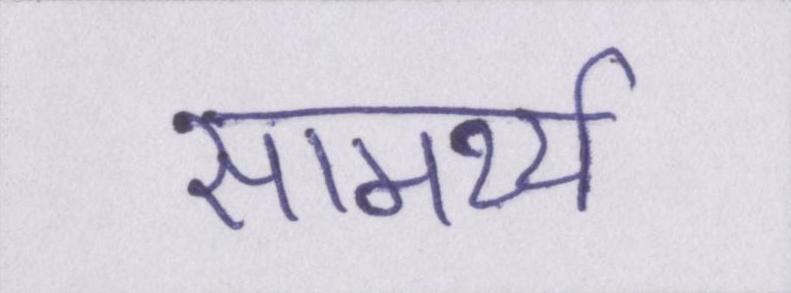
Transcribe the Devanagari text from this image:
सामर्थ्य